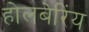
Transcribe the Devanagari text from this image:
होलबेरिंय